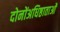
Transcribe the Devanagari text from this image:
दोनोंअधिष्ठाताओं